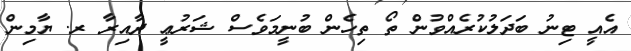
އެއީ ޓިނު ބަދަލުކުރެއްވުން ތޯ ތިހެން ބުނީމަވެސް ޝަރުޢީ ދާއިރާ ރ. ޔާމިން